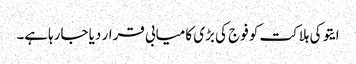
ایتو کی ہلاکت کو فوج کی بڑی کامیابی قرار دیا جارہاہے۔